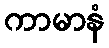
ကာမာနံ